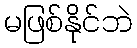
မဖြစ်နိုင်ဘဲ